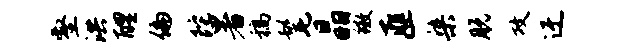
壑洪醴偏陀暑稿髦晶徽匪染脱攻迂